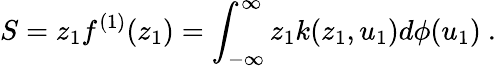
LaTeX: S=z_{1}f^{(1)}(z_{1})=\int_{-\infty}^{\infty}z_{1}k(z_{1},u_{1})d{\phi}(u_{1})\ .